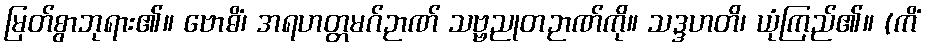
မြတ်စွာဘုရား၏။ ဗောဓိံ၊ အရဟတ္တမဂ်ဉာဏ် သဗ္ဗညုတဉာဏ်ကို။ သဒ္ဒဟတိ၊ ယုံကြည်၏။ (ကိံ